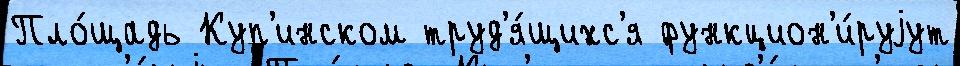
Пло́щадь Куп'инском труд'я́щихс'я функцион'и́руjут